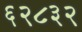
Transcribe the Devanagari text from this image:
६२८३२